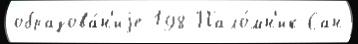
образова́н'иjе 198 Пало́мн'ик Сан